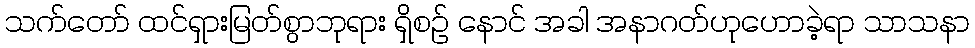
သက်တော် ထင်ရှားမြတ်စွာဘုရား ရှိစဉ် နောင် အခါ အနာဂတ်ဟုဟောခဲ့ရာ သာသနာ